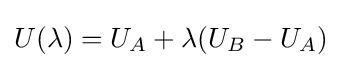
U(\lambda )=U_{A}+\lambda (U_{B}-U_{A})